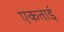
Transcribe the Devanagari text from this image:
एकताई